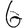
Digit: 6